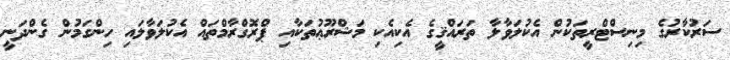
ސަރުކާރުގެ މިނިސްޓްރީތަކުން އެކުލަވާލާ ތަރައްޤީގެ އެކިއެކި މަޝްރޫޢުތަކާއި ޕްރޮގްރާމްތައް އެކުލަވާލައި ހިންގަމުން ގެންދަނީ